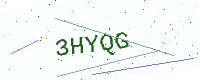
Text: 3HYQG